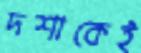
দশাকেই